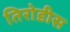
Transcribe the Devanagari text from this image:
तिरोडीस